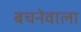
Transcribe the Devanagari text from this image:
बचनेवाला